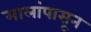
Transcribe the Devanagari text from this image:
मालांपासून